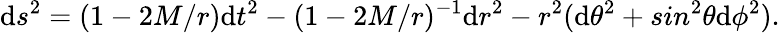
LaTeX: \mathrm{d}s^{2}=(1-2M/r)\mathrm{d}t^{2}-(1-2M/r)^{-1}\mathrm{d}r^{2}-r^{2}(\mathrm{d}\theta^{2}+sin^{2}\theta\mathrm{d}\phi^{2}).